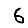
Digit: 6